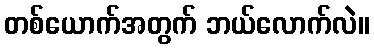
တစ်ယောက်အတွက် ဘယ်လောက်လဲ။